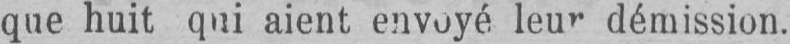
aient envoyé leur démission.